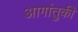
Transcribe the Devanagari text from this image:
आगांतुकी